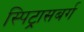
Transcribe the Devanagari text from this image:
स्पिट्रासबर्ग